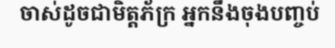
ចាស់ដូចជាមិត្តភ័ក្រ អ្នកនឹងចុងបញ្ចប់